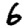
Digit: 6